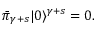
\bar { \pi } _ { \gamma + s } | 0 \rangle ^ { \gamma + s } = 0 .